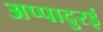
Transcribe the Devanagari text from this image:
अप्पादुरई